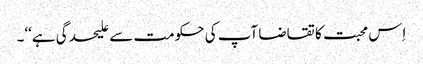
اِس محبت کا تقاضا آپ کی حکومت سے علیحدگی ہے‘‘۔